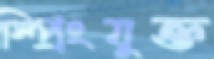
স্প্রিংযুক্ত